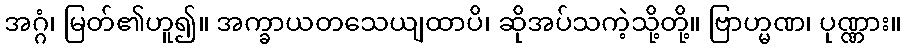
အဂ္ဂံ၊ မြတ်၏ဟူ၍။ အက္ခာယတသေယျထာပိ၊ ဆိုအပ်သကဲ့သို့တို့။ ဗြာဟ္မဏ၊ ပုဏ္ဏား။